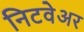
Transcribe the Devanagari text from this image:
निटवेअर